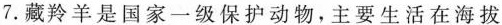
7.藏羚羊是国家一级保护动物。主要生活在海拔